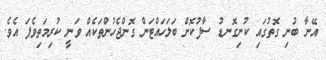
އޭނާ ބުނި ގޮތުގައި ކުނިގޮނޑު ސާފުކޮށް ބަލަހައްޓަން ގޮންޖެހުންތަކެއް ވަނީ ކުރިމަތިވެފަ އެވެ.